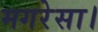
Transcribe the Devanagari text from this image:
मगरेसा।